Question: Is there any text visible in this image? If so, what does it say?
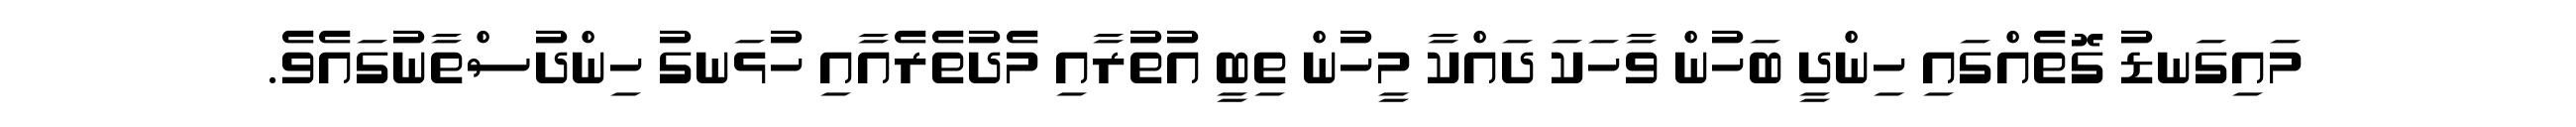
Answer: މައިގަނޑު ގޮތެއްގައި ހިންދީ ބަހުން ވާހަކަ ދައްކާ މީހުން ތިބީ އުތުރާއި މެދުތެރެއާއި ހުޅަނގު ހިންދުސްތާނުގައެވެ.